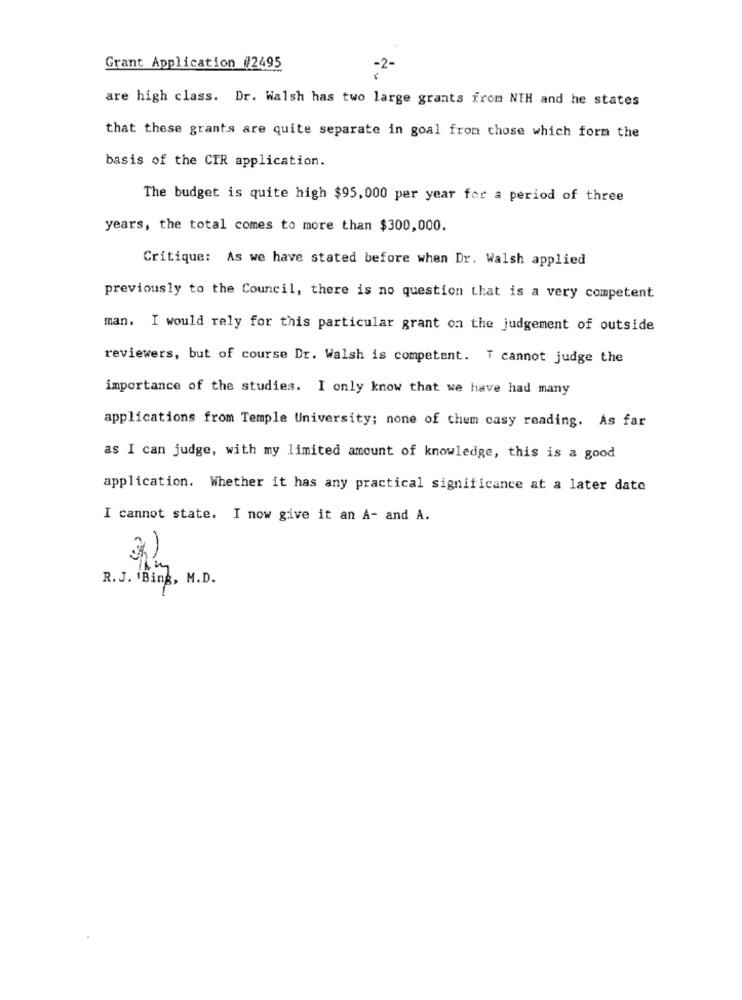
Grant Application #2495
are high class. Dr. Walsh has two large grants from NIH and he states
that these grants are quite separate in goal from those which form the
basis of the CIR application.
The budget is quite high $95, 000 per year for a period of three
years, the total comes to more than $300,000.
Critique: As we have stated before when Dr. Walsh applied
previously to the Council, there is no question that is a very competent
man. I would rely for this particular grant on the judgement of outside
reviewers, but of course Dr. Walsh is competent. T cannot judge the
importance of the studies. I only know that we have had many
applications from Temple University; none of them casy reading. As far
as I can judge, with my limited amount of knowledge, this is a good
application. Whether it has any practical significance at a later date
I cannot state. I now give it an A- and A.
R. J. Bing, M.D.